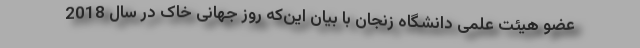
عضو هیئت علمی دانشگاه زنجان با بیان این‌که روز جهانی خاک در سال 2018